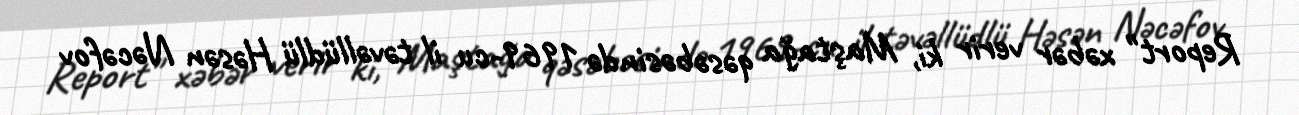
Report" xəbər verir ki, Maştağa qəsəbəsində 1969-cu il təvəllüdlü Həsən Nəcəfov